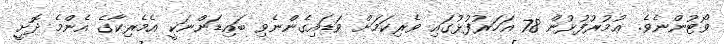
ވޯޓުންނެވެ. ޢުމުރުފުޅުން 78 އަހަރުފުޅުގައި ވެރިކަމަށް ވަޑައިގެންނެވި ބައިޑަންނަކީ އެމެރިކާގެ އެންމެ ދޮށީ